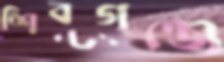
শিবগঞ্জে